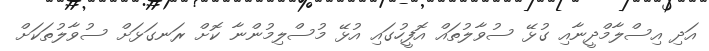
އަދި އިސްލާމްދީނާއި ގުޅޭ ސުވާލުތައް އޮފީހުގައި އުޅޭ މުސްލިމުންނާ ކޮށް ރަނގަޅަށް ސުވާލުތަކަށް